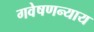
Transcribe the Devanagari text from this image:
गवेषणन्याय